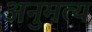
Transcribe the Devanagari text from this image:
अनुमत्य